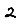
Digit: 2